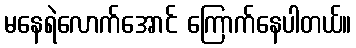
မနေရဲလောက်အောင် ကြောက်နေပါတယ်။